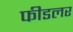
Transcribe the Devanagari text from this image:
फीडलर